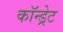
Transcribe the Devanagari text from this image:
कॉन्ड्रेट